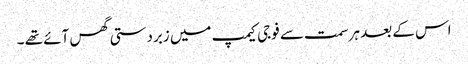
اس کے بعد ہر سمت سے فوجی کیمپ میں زبردستی گھس آئے تھے ۔